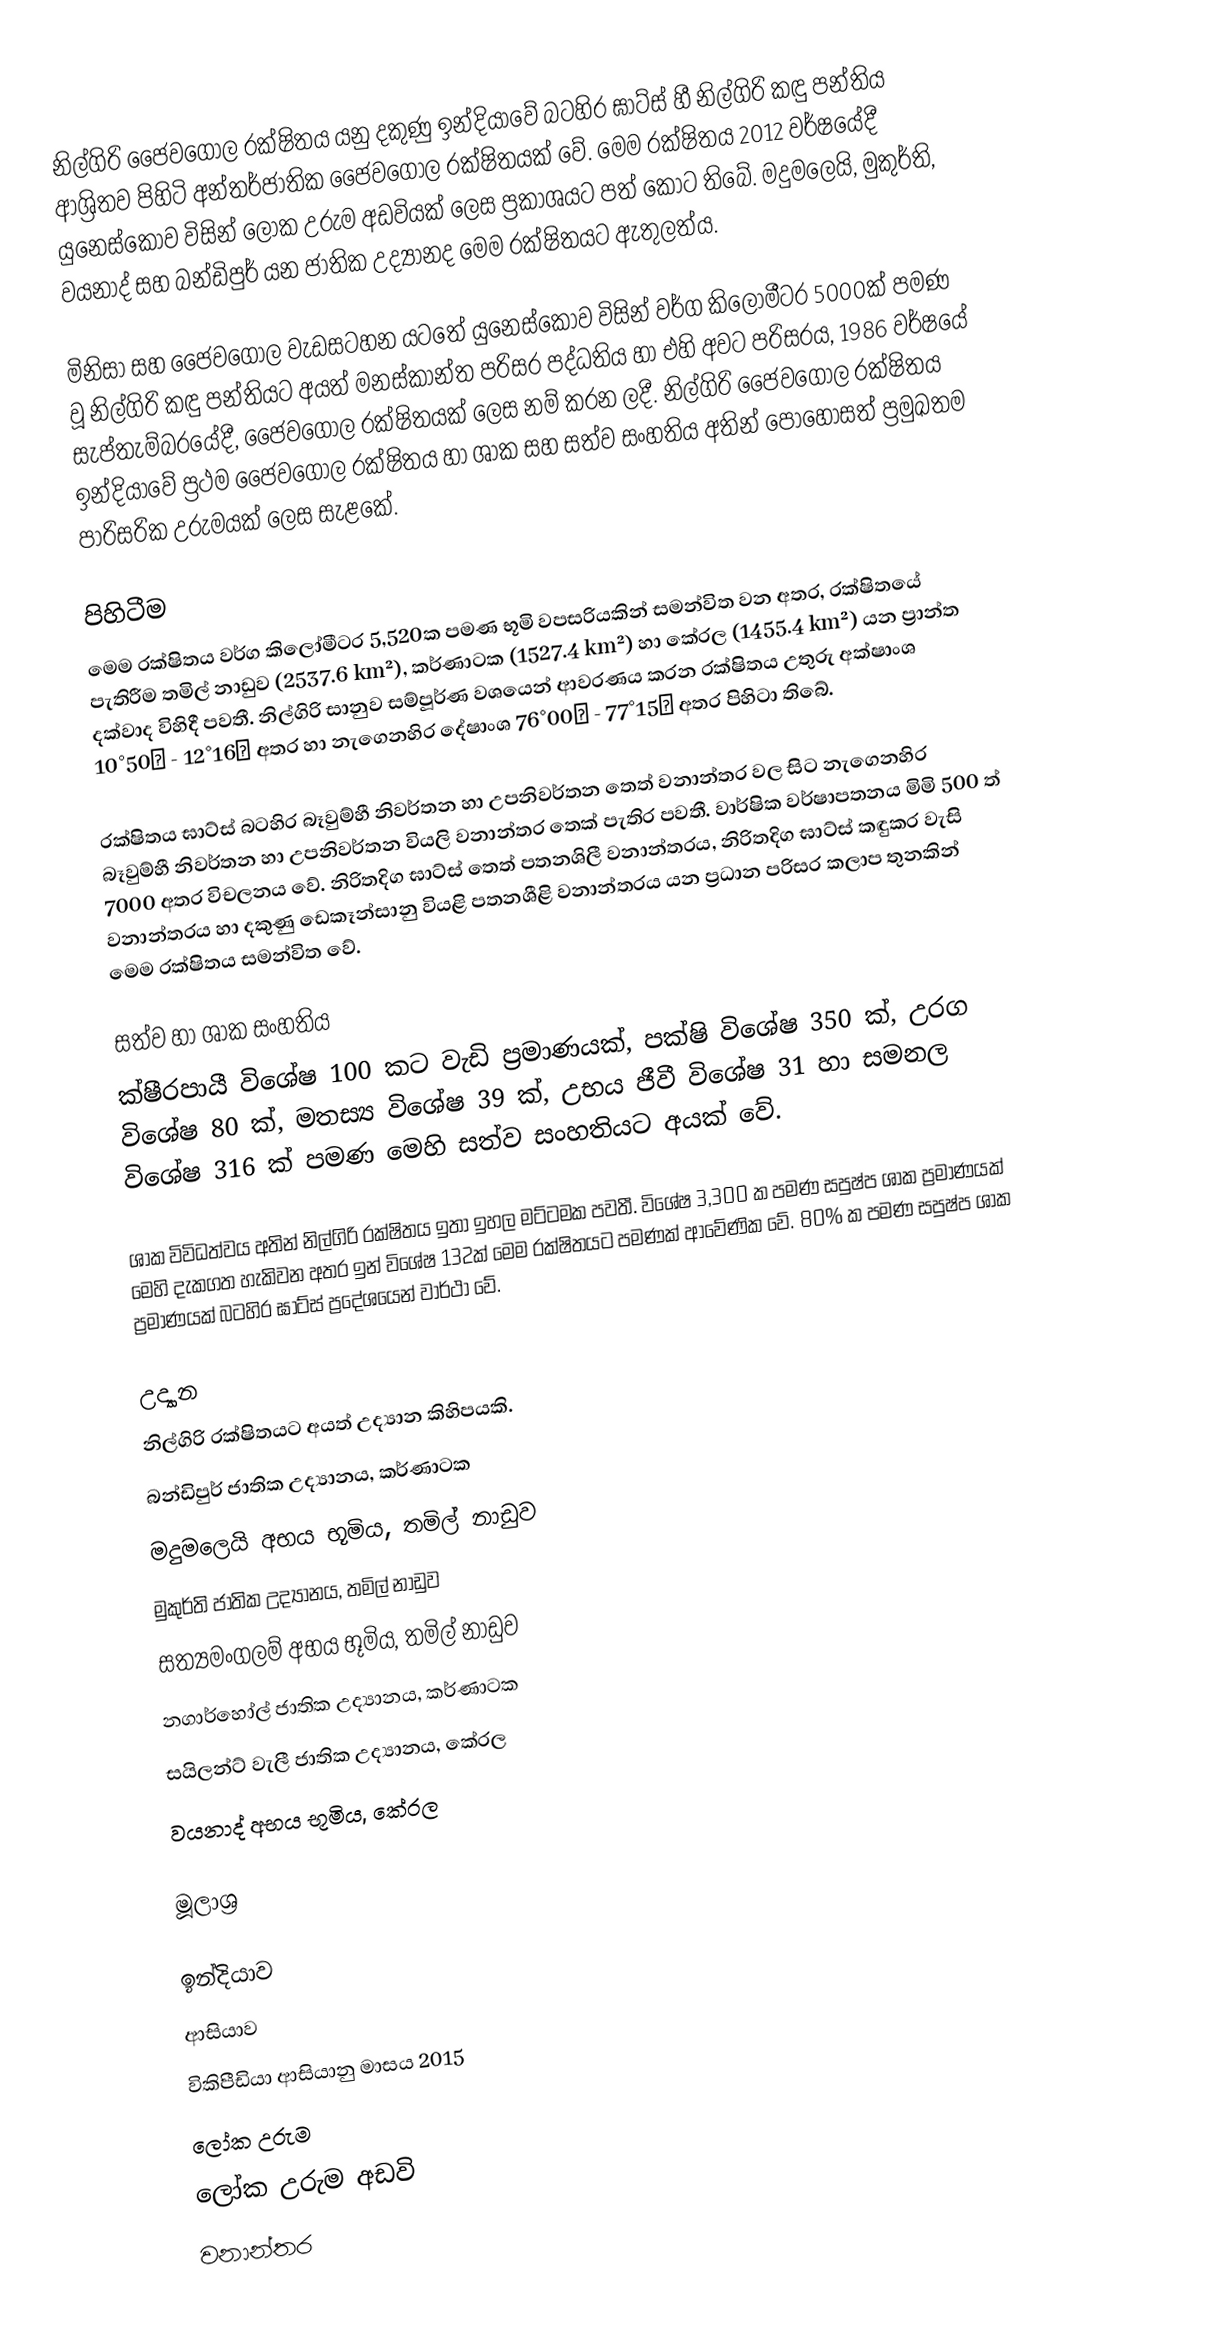
නිල්ගිරි ජෛවගෝල රක්ෂිතය  යනු දකුණු ඉන්දියාවේ බටහිර ඝාට්ස් හී නිල්ගිරි කඳු පන්තිය ආශ්‍රිතව පිහිටි අන්තර්ජාතික ජෛවගෝල රක්ෂිතයක් වේ. මෙම රක්ෂිතය 2012 වර්ෂයේදී යුනෙස්කෝව විසින් ලෝක උරුම අඩවියක් ලෙස ප්‍රකාශයට පත් කොට තිබේ. මදුමලෙයි, මුකුර්ති, වයනාද් සහ බන්ඩිපුර් යන ජාතික උද්‍යානද මෙම රක්ෂිතයට ඇතුලත්ය.

මිනිසා සහ ජෛවගෝල වැඩසටහන යටතේ යුනෙස්කෝව විසින් වර්ග කිලෝමීටර 5000ක් පමණ වූ නිල්ගිරි කඳු පන්තියට අයත් මනස්කාන්ත පරිසර පද්ධතිය හා එහි අවට පරිසරය, 1986 වර්ෂයේ සැප්තැම්බරයේදී, ජෛවගෝල රක්ෂිතයක් ලෙස නම් කරන ලදී. නිල්ගිරි ජෛවගෝල රක්ෂිතය ඉන්දියාවේ ප්‍රථම ජෛවගෝල රක්ෂිතය හා ශාක සහ සත්ව සංහතිය අතින් පොහොසත් ප්‍රමුඛතම පාරිසරික උරුමයක් ලෙස සැළකේ.

පිහිටීම
මෙම රක්ෂිතය වර්ග කිලෝමීටර 5,520ක පමණ භූමි වපසරියකින් සමන්විත වන අතර, රක්ෂිතයේ පැතිරීම තමිල් නාඩුව (2537.6 km²), කර්ණාටක (1527.4 km²) හා කේරල (1455.4 km²) යන ප්‍රාන්ත දක්වාද විහිදී පවතී. නිල්ගිරි සානුව සම්පූර්ණ වශයෙන් ආවරණය කරන රක්ෂිතය උතුරු අක්ෂාංශ 10°50′ - 12°16′ අතර හා නැගෙනහිර දේෂාංශ 76°00′ - 77°15′ අතර පිහිටා තිබේ.

රක්ෂිතය ඝාට්ස් බටහිර බෑවුම්හී නිවර්තන හා උපනිවර්තන තෙත් වනාන්තර වල සිට නැගෙනහිර බෑවුම්හී නිවර්තන හා උපනිවර්තන වියලි වනාන්තර තෙක් පැතිර පවතී. වාර්ෂික වර්ෂාපතනය මිමි 500 ත් 7000 අතර විචලනය වේ. නිරිතදිග ඝාට්ස් තෙත් පතනශිලී වනාන්තරය,  නිරිතදිග ඝාට්ස් කඳුකර වැසි වනාන්තරය හා දකුණු ඩෙකෑන්සානු වියළි පතනශීළි වනාන්තරය යන ප්‍රධාන පරිසර කලාප තුනකින් මෙම රක්ෂිතය සමන්විත වේ.

සත්ව හා ශාක සංහතිය
ක්ෂීරපායී විශේෂ 100 කට වැඩි ප්‍රමාණයක්, පක්ෂි විශේෂ 350 ක්, උරග විශේෂ 80 ක්, මතස්‍ය විශේෂ 39 ක්, උභය ජීවී විශේෂ 31 හා සමනල විශේෂ 316 ක් පමණ මෙහි සත්ව සංහතියට අයක් වේ.

ශාක විවිධත්වය අතින් නිල්ගිරි රක්ෂිතය ඉතා ඉහල මට්ටමක පවතී. විශේෂ 3,300 ක පමණ සපුෂ්ප ශාක ප්‍රමාණයක් මෙහි දැකගත හැකිවන අතර ඉන් විශේෂ 132ක් මෙම රක්ෂිතයට පමණක් ආවේණික වේ. 80% ක පමණ සපුෂ්ප ශාක ප්‍රමාණයක් බටහිර ඝාට්ස් ප්‍රදේශයෙන් වාර්ථා වේ.

උද්‍යාන
නිල්ගිරි රක්ෂිතයට අයත් උද්‍යාන කිහිපයකි.
 බන්ඩිපුර් ජාතික උද්‍යානය, කර්ණාටක
 මදුමලෙයි අභය භූමිය, තමිල් නාඩුව
 මුකුර්ති ජාතික උද්‍යානය, තමිල් නාඩුව
 සත්‍යමංගලම් අභය භූමිය, තමිල් නාඩුව
 නගාර්හෝල් ජාතික උද්‍යානය, කර්ණාටක
 සයිලන්ට් වැලී ජාතික උද්‍යානය, කේරල
 වයනාද් අභය භූමිය, කේරල

මූලාශ්‍ර

ඉන්දියාව
ආසියාව
විකිපීඩියා ආසියානු මාසය 2015
ලෝක උරුම
ලෝක උරුම අඩවි
වනාන්තර